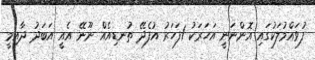
ފުވައްމުލަކުގައި އޮންނަނީ އަހަރަކު 1ފަހަރު އުފެދޭ ތުނޑިއެއް ނޫނޭ އެއީ އަބަދު ދާއިމީ